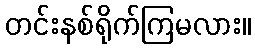
တင်းနစ်ရိုက်ကြမလား။